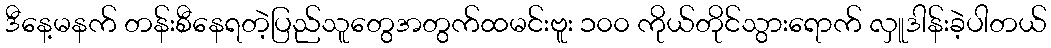
ဒီနေ့မနက် တန်းစီနေရတဲ့ပြည်သူတွေအတွက်ထမင်းဗူး ၁၀၀ ကိုယ်တိုင်သွားရောက် လှူဒါန်းခဲ့ပါတယ်